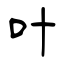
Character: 叶